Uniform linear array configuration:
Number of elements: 32
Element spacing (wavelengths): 0.25
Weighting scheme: hamming
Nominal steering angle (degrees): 45
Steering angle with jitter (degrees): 44.749
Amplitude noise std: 0.05
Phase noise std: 0.05

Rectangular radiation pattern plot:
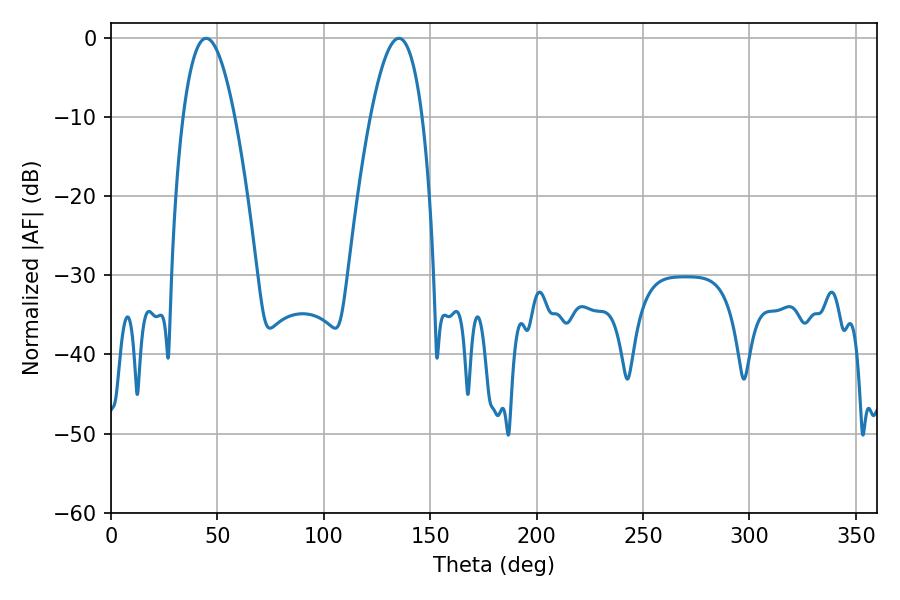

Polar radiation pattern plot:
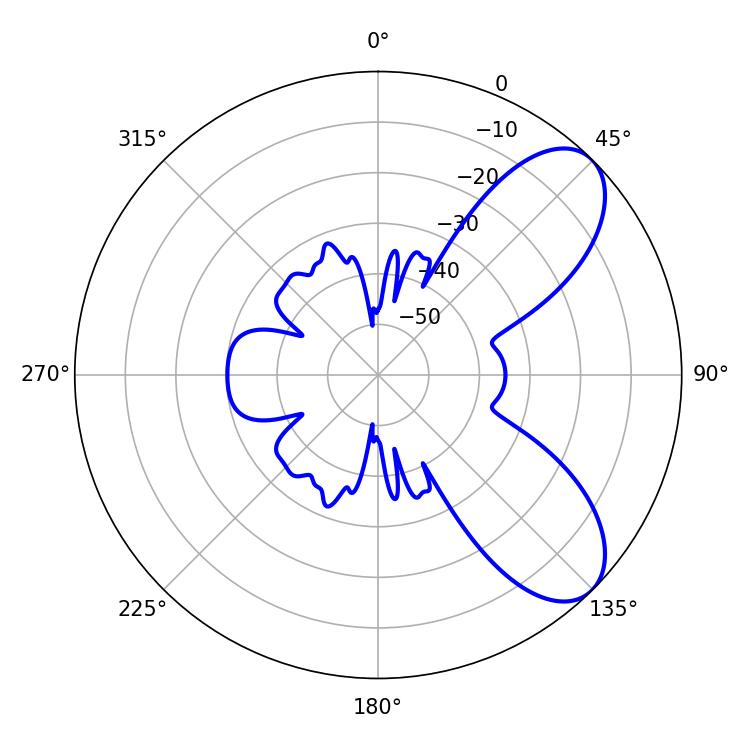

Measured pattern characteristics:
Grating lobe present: FALSE
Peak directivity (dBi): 7.518
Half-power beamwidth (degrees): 13.32
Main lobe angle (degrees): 44.64